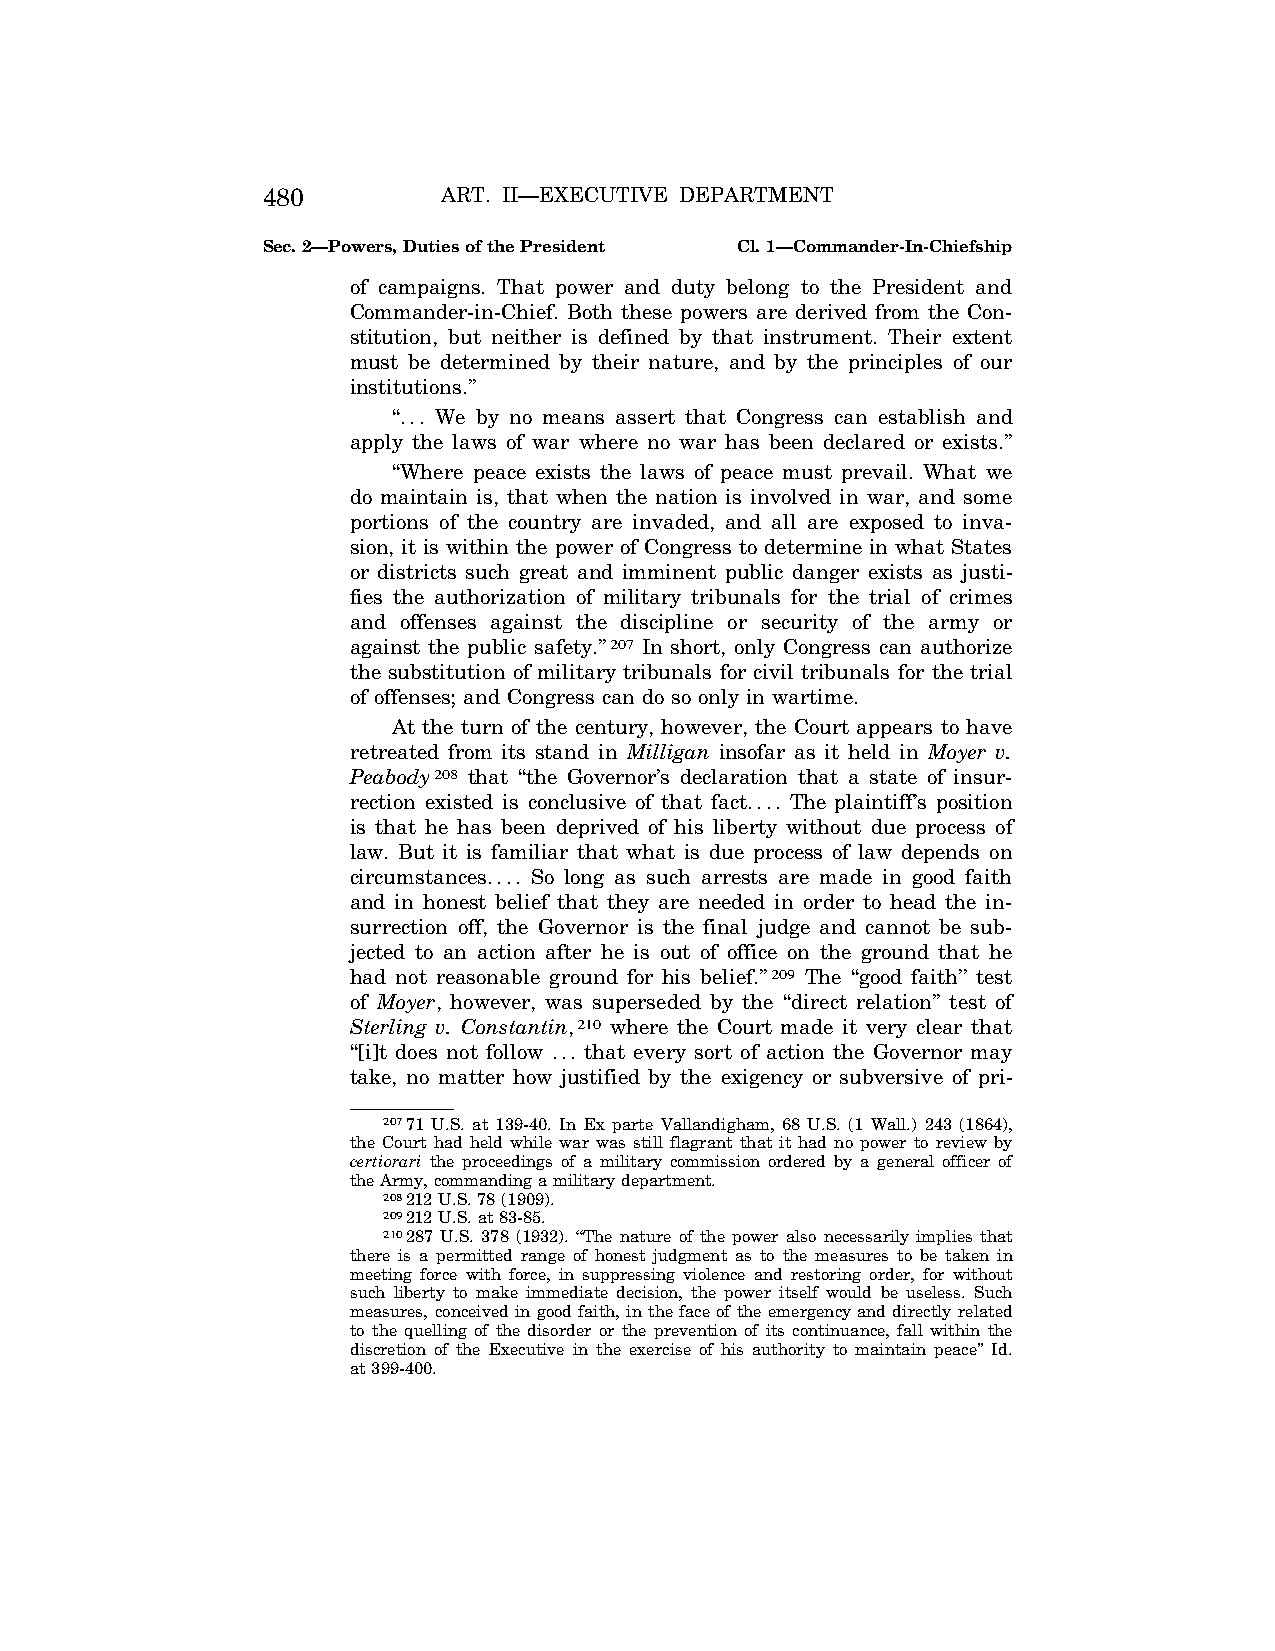
480         ART. II—EXECUTIVE DEPARTMENT
 Sec. 2—Powers, Duties of the President Cl. 1—Commander-In-Chiefship
 of campaigns. That power and duty belong to the President and
 Commander-in-Chief. Both these powers are derived from the Con-
 stitution, but neither is defined by that instrument. Their extent
 must be determined by their nature, and by the principles of our
 institutions.’’
 ‘‘... We by no means assert that Congress can establish and
 apply the laws of war where no war has been declared or exists.’’
 ‘‘Where peace exists the laws of peace must prevail. What we
 do maintain is, that when the nation is involved in war, and some
 portions of the country are invaded, and all are exposed to inva-
 sion, it is within the power of Congress to determine in what States
 or districts such great and imminent public danger exists as justi-
 fies the authorization of military tribunals for the trial of crimes
 and offenses against the discipline or security of the army or
 against the public safety.’’207 In short, only Congress can authorize
 the substitution of military tribunals for civil tribunals for the trial
 of offenses; and Congress can do so only in wartime.
 At the turn of the century, however, the Court appears to have
 retreated from its stand in Milligan insofar as it held in Moyer v.
 Peabody208 that ‘‘the Governor’s declaration that a state of insur-
 rection existed is conclusive of that fact.... The plaintiff’s position
 is that he has been deprived of his liberty without due process of
 law. But it is familiar that what is due process of law depends on
 circumstances.... So long as such arrests are made in good faith
 and in honest belief that they are needed in order to head the in-
 surrection off, the Governor is the final judge and cannot be sub-
 jected to an action after he is out of office on the ground that he
 had not reasonable ground for his belief.’’209 The ‘‘good faith’’ test
 of Moyer, however, was superseded by the ‘‘direct relation’’ test of
 Sterling v. Constantin,210 where the Court made it very clear that
 ‘‘[i]t does not follow ... that every sort of action the Governor may
 take, no matter how justified by the exigency or subversive of pri-
 20771 U.S. at 139-40. In Ex parte Vallandigham, 68 U.S. (1 Wall.) 243 (1864),
 the Court had held while war was still flagrant that it had no power to review by
 certiorari the proceedings of a military commission ordered by a general officer of
 the Army, commanding a military department.
 208212 U.S. 78 (1909).
 209212 U.S. at 83-85.
 210287 U.S. 378 (1932). ‘‘The nature of the power also necessarily implies that
 there is a permitted range of honest judgment as to the measures to be taken in
 meeting force with force, in suppressing violence and restoring order, for without
 such liberty to make immediate decision, the power itself would be useless. Such
 measures, conceived in good faith, in the face of the emergency and directly related
 to the quelling of the disorder or the prevention of its continuance, fall within the
 discretion of the Executive in the exercise of his authority to maintain peace’’ Id.
 at 399-400.
 VerDate Aug<04>2004 13:21 Oct 06, 2004 Jkt 077500 PO 00000 Frm 00048 Fmt 8222 Sfmt 8222 C:\CONAN\CON011.SGM PRFM99 PsN: CON011